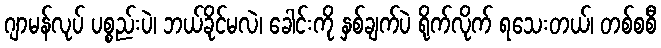
ဂျာမန်လုပ် ပစ္စည်းပဲ၊ ဘယ်ခိုင်မလဲ၊ ခေါင်းကို နှစ်ချက်ပဲ ရိုက်လိုက် ရသေးတယ်၊ တစ်စစီ